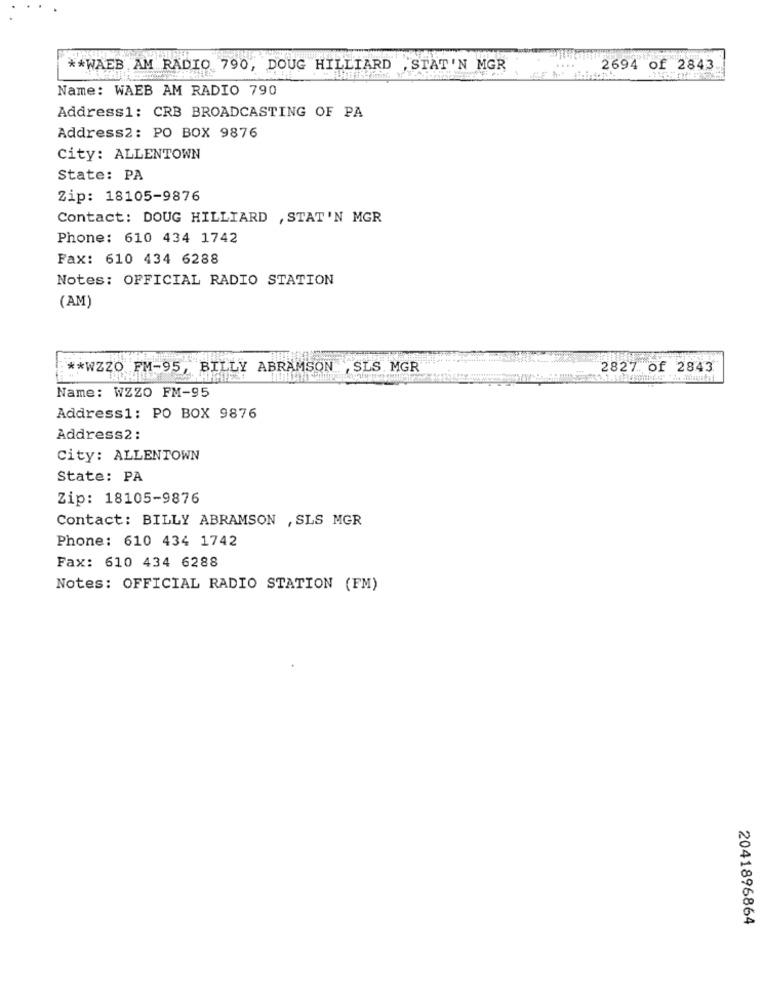
** WAEB AM RADIO 790, DOUG HILLIARD
STAT 'N MGR
2694 of 2843
Name: WAEB AM RADIO 790
Address1: CRB BROADCASTING OF PA
Address2: PO BOX 9876
City: ALLENTOWN
State: PA
Zip: 18105-9876
Contact: DOUG HILLIARD , STAT'N MGR
Phone: 610 434 1742
Fax: 610 434 6288
Notes: OFFICIAL RADIO STATION
(AM)
** WZZO FM-95, BILLY ABRAMSON , SLS. MGR
2827 of 2843
Name: WZZO FM-95
Address1: PO BOX 9876
Address2:
City: ALLENTOWN
State: PA
Zip: 18105-9876
Contact: BILLY ABRAMSON , SLS MGR
Phone: 610 434 1742
Fax: 610 434 6288
Notes: OFFICIAL RADIO STATION (FM)
2041896864